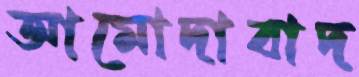
আমোদাবাদ